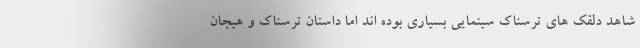
شاهد دلقک های ترسناک سینمایی بسیاری بوده اند اما داستان ترسناک و هیجان